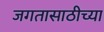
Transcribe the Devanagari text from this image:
जगतासाठीच्या